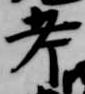
考